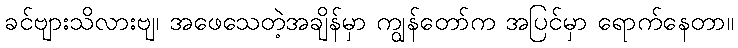
ခင်ဗျားသိလားဗျ၊ အဖေသေတဲ့အချိန်မှာ ကျွန်တော်က အပြင်မှာ ရောက်နေတာ။